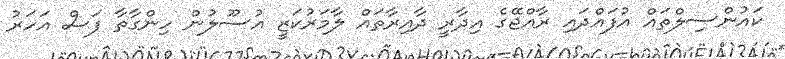
ކައުންސިލްތައް އުފައްދައި ރާއްޖޭގެ އިދާރީ ދާއިރާތައް ލާމަރުކަޒީ އުސޫލުން ހިންގާތާ ފަސް އަހަރު